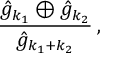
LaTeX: \frac { \hat { g } _ { k _ { 1 } } \oplus \hat { g } _ { k _ { 2 } } } { \hat { g } _ { k _ { 1 } + k _ { 2 } } } \: ,